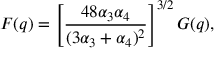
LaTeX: F ( q ) = \left[ \frac { 4 8 \alpha _ { 3 } \alpha _ { 4 } } { ( 3 \alpha _ { 3 } + \alpha _ { 4 } ) ^ { 2 } } \right] ^ { 3 / 2 } G ( q ) ,